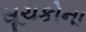
સૂચકોના